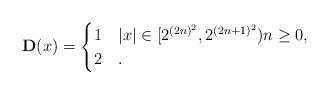
LaTeX: \begin{align*}{\bf D}(x)=\begin{cases}1& |x|\in [2^{(2n)^2},2^{(2n+1)^2})n\ge0,\\2&.\end{cases}\end{align*}